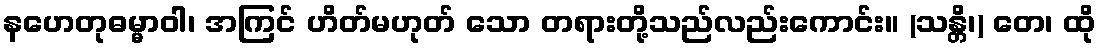
နဟေတုဓမ္မာဝါ၊ အကြင် ဟိတ်မဟုတ် သော တရားတို့သည်လည်းကောင်း။ (သန္တိ၊) တေ၊ ထို